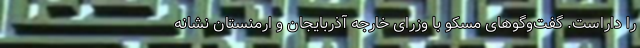
را داراست. گفت‌وگوهای مسکو با وزرای خارجه آذربایجان و ارمنستان نشانه